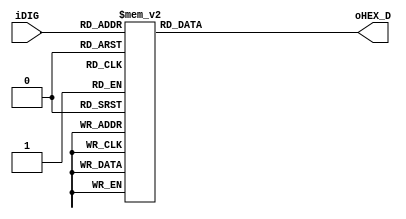
// --------------------------------------------------------------------
// Copyright (c) 2010 by Terasic Technologies Inc. 
// --------------------------------------------------------------------
//
// Permission:
//
//   Terasic grants permission to use and modify this code for use
//   in synthesis for all Terasic Development Boards and Altera Development 
//   Kits made by Terasic.  Other use of this code, including the selling 
//   ,duplication, or modification of any portion is strictly prohibited.
//
// Disclaimer:
//
//   This VHDL/Verilog or C/C++ source code is intended as a design reference
//   which illustrates how these types of functions can be implemented.
//   It is the user's responsibility to verify their design for
//   consistency and functionality through the use of formal
//   verification methods.  Terasic provides no warranty regarding the use 
//   or functionality of this code.
//
// --------------------------------------------------------------------
//           
//                     Terasic Technologies Inc
//                     356 Fu-Shin E. Rd Sec. 1. JhuBei City,
//                     HsinChu County, Taiwan
//                     302
//
//                     web: http://www.terasic.cn/
//
// --------------------------------------------------------------------
//
// Major Functions:	SEG HEX decoder
//
// --------------------------------------------------------------------
//
// Revision History :
// --------------------------------------------------------------------
//   Ver  :| Author            :| Mod. Date :| Changes Made:
//   V1.0 :| Peli Li           :| 03/05/2010:| Initial Revision
//   V1.1 :| Allen Wang        :| 06/06/2010:| Change IRDA with IR
// --------------------------------------------------------------------

module SEG_HEX
	(
		////////////////////	4 Binary bits Input	 	////////////////////	 
		iDIG,							
		////////////////////	HEX 7-SEG Output	 	////////////////////	 
		oHEX_D		
	);

////////////////////////	Binary bis Input	 ////////////////////////
input	  [3:0]   iDIG;				
////////////////////	HEX 7-SEG Output	 	////////////////////	 
output	  [6:0]	  oHEX_D;   


//=======================================================
//  REG/WIRE declarations
//=======================================================

reg	  [6:0]	  oHEX_D;	

//=======================================================
//  Structural coding
//=======================================================
always @(iDIG) 
        begin
			case(iDIG)
			4'h0: oHEX_D <= 7'b1000000; //0  
			4'h1: oHEX_D <= 7'b1111001; //1
			4'h2: oHEX_D <= 7'b0100100; //2
			4'h3: oHEX_D <= 7'b0110000; //3
			4'h4: oHEX_D <= 7'b0011001; //4
			4'h5: oHEX_D <= 7'b0010010; //5
			4'h6: oHEX_D <= 7'b0000010; //6
			4'h7: oHEX_D <= 7'b1111000; //7
			4'h8: oHEX_D <= 7'b0000000; //8
			4'h9: oHEX_D <= 7'b0011000; //9
			4'ha: oHEX_D <= 7'b0001000; //a
			4'hb: oHEX_D <= 7'b0000011; //b
			4'hc: oHEX_D <= 7'b1000110; //c
			4'hd: oHEX_D <= 7'b0100001; //d
			4'he: oHEX_D <= 7'b0000110; //e
			4'hf: oHEX_D <= 7'b0001110; //f
	     default: oHEX_D <= 7'b1000000; //0
			endcase
		end

endmodule